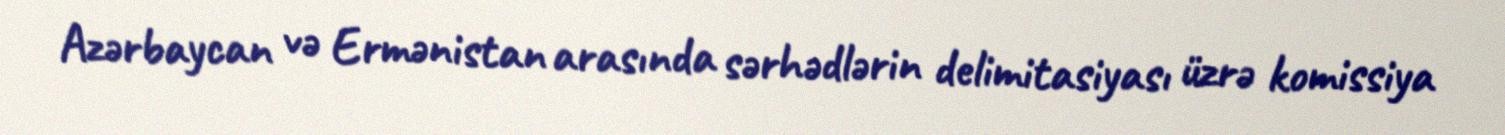
Azərbaycan və Ermənistan arasında sərhədlərin delimitasiyası üzrə komissiya